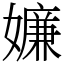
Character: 嬚